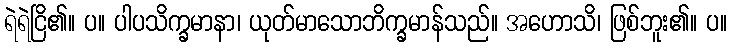
ရဲရဲငြိ၏။ ပ။ ပါပသိက္ခမာနာ၊ ယုတ်မာသောဘိက္ခမာန်သည်။ အဟောသိ၊ ဖြစ်ဘူး၏။ ပ။